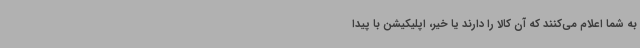
به شما اعلام می‌کنند که آن کالا را دارند یا خیر، اپلیکیشن با پیدا